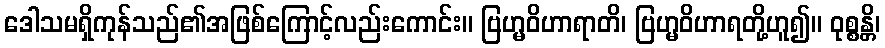
ဒေါသမရှိကုန်သည်၏အဖြစ်ကြောင့်လည်းကောင်း။ ဗြဟ္မဝိဟာရာတိ၊ ဗြဟ္မဝိဟာရတို့ဟူ၍။ ဝုစ္စန္တိ၊